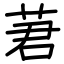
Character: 莙